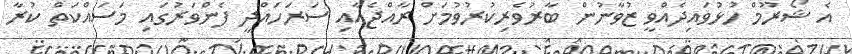
އެ ޝޯރޫމް ހުޅުވައިދެއްވީ ޒުވާނުން ބާރުވެރިކުރުވުމަށް ރާއްޖެއާއި ސަރަހައްދީ ފެންވަރުގައި މަސައްކަތް ކުރާ